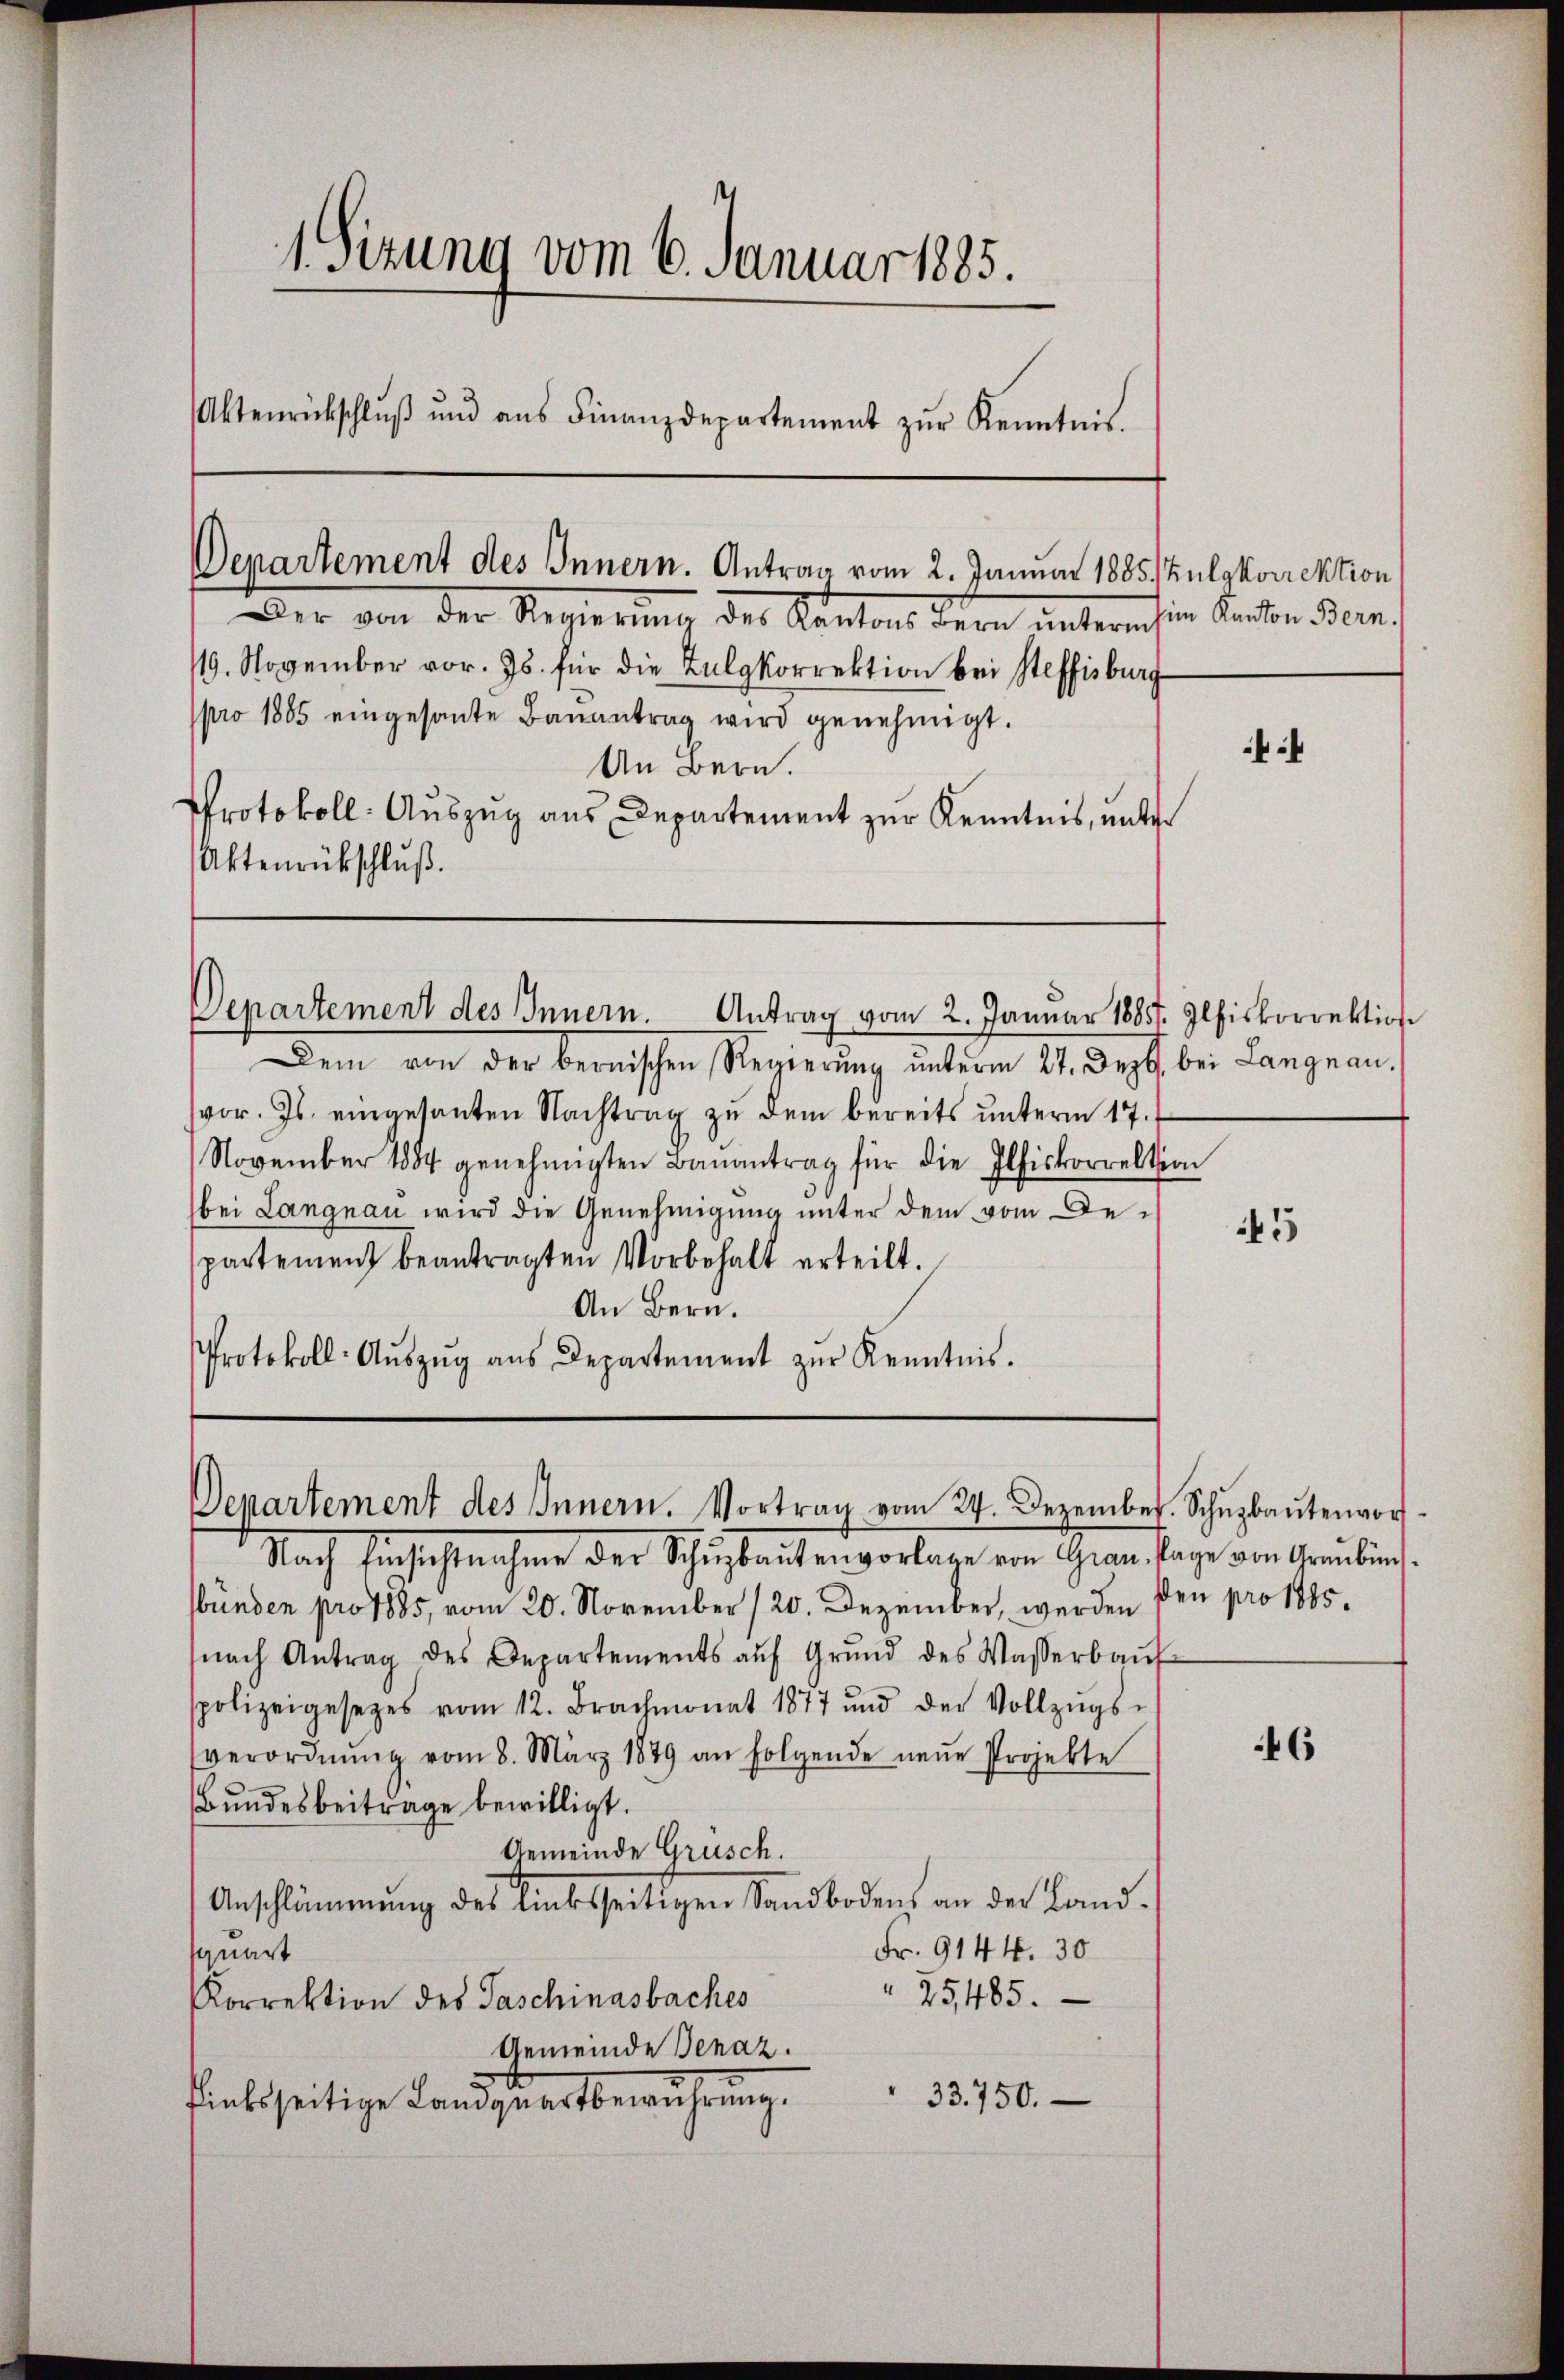
1 Sizung vom 6. Januar 1885.
Aktenrückschlŭβ ŭnd aŭs Finanzdepartement zŭr Kenntnis.

Departement des Innern. Antrag vom 2. Januar 1885) Zulgkorrektion

Der von der Regierung der Kantons dern unternhien Kanton Ban
119. November vor. Js. für die Kulgkorrektion bei Steffisburg
pro 1885 eingesante Baŭantrag wird genehmigt.
An Bern.
Protokoll: Auszug aus Departement zur Kenntnis, unter
Aktenrückschluß.

Departement des Innern. Antrag vom 2. Januar 1885. Ilfiskorrektion

edem von der berischen Regierung interm 11. Dezt bei Langnau,
vor. Js. eingesanten Nachtrag zu dem bereits ŭnterm 17.
November 1884 genehmigten Baŭantrag für die Ilfiskorrektion
bei Langnau wird die Genehmigung unter dem vom Departement beantragten Vorbehalt erteilt.
An Bern.
Protokoll-Aŭszŭg ans Departement zŭr Kenntnis.

Departement des Innern. Vortrag vom 24. Dezember. Schŭbaŭtenvor

Nach Einsichtnahme der Schŭbaŭtenvorlage von Gran lage von Graubünd
sbünden pro 1885, vom 20. November (20. Dezember, werden den pro 1885.
nach Antrag des Departements aŭf Grŭnd des Wasserbaŭf
spolizeigesezes vom 12. Brachmonat 1877 und der Vollzŭgs-
verordnŭng vom 8. März 1879 an folgende neŭe Projekte
Bundesbeitrage bewilligt.
Gemeinde Grusch.
Anschlämmŭng des linksseitigen Sandbodens an der Land-
Fr. 9144. 30
squart
25485.
orrektion des Taschinasbaches
Gemeinde Benaz.
33750.
dinkseitige Landzuersbemühung.

:

45

6